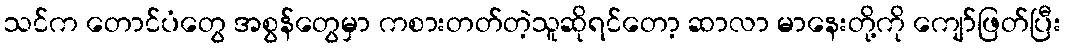
သင်က တောင်ပံတွေ အစွန်တွေမှာ ကစားတတ်တဲ့သူဆိုရင်တော့ ဆာလာ မာနေးတို့ကို ကျော်ဖြတ်ပြီး